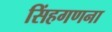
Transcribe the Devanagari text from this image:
सिंहगणना